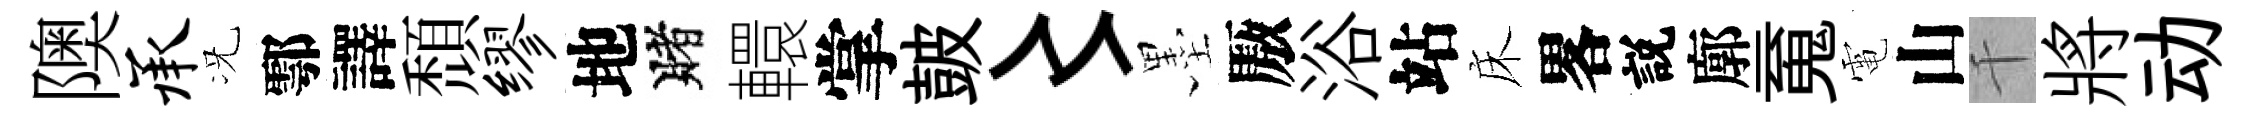
隩承况鄠譯頹缪地賭轘掌皷〻墨厫浴站床畧説廓䰟電山千將动